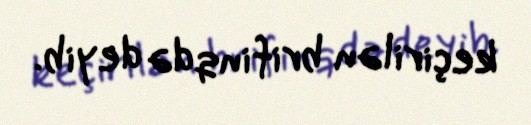
keçirilən brifinqdə deyib.